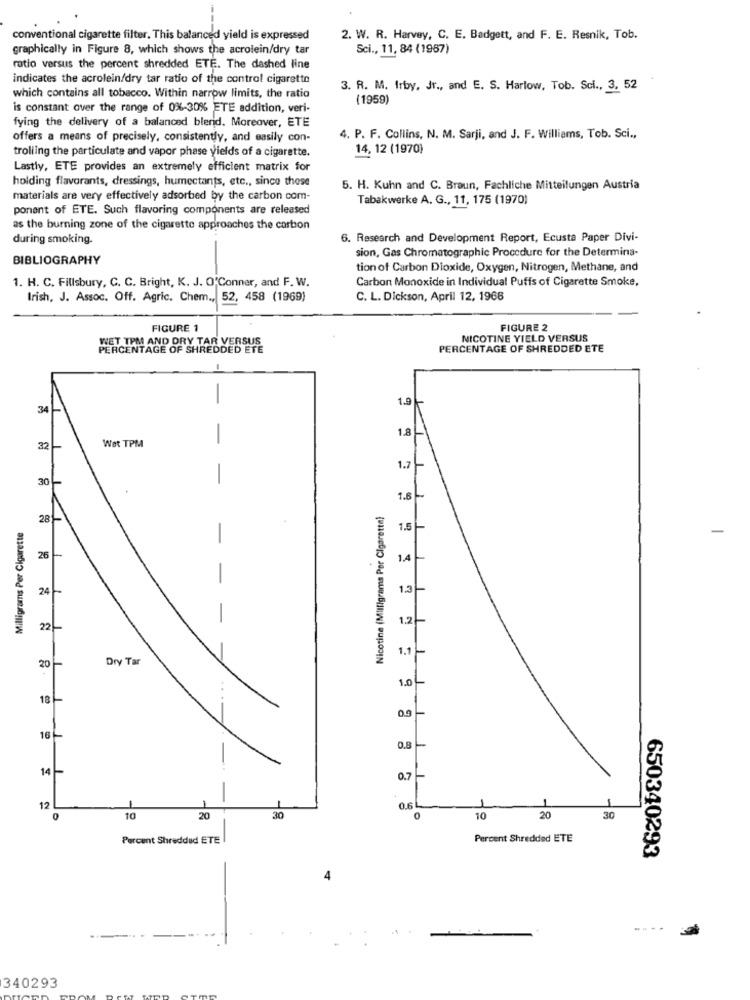
conventional cigarette filter. This balanced yield is expressed
2. W. R. Harvey, C. E. Badgett, and F. E. Resnik, Tob.
graphically in Figure 8, which shows the acrolein/dry tar
Sci ., 11, 84 (1967)
ratio versus the percent shredded ETE. The dashed line
indicates the acrolein/dry tar ratio of the control cigarette
3. R. M. Irby, Jr ., and E. S. Harlow, Tob. Sci ., 3, 52
which contains all tobacco. Within narrow limits, the ratio
(1959)
is constant over the range of 0%-30% ETE addition, veri-
fying the delivery of a balanced blend. Moreover, ETE
offers a means of precisely, consistently, and easily con-
4. P. F. Collins, N. M. Sarji, and J. F. Williams, Tob. Sci .,
14, 12 (1970)
trolling the particulate and vapor phase yields of a cigarette.
Lastly, ETE provides an extremely efficient matrix for
holding flavorants, dressings, humectants, etc ., since these
5. H. Kuhn and C. Braun, Fachliche Mitteilungen Austria
materials are very effectively adsorbed by the carbon com-
Tabakwerke A. G ., 11, 175 (1970)
ponent of ETE. Such flavoring components are released
as the burning zone of the cigarette approaches the carbon
during smoking.
6. Research and Development Report, Ecusta Paper Divi-
sion, Gas Chromatographie Procedure for the Determina-
BIBLIOGRAPHY
tion of Carbon Dioxide, Oxygen, Nitrogen, Methane, and
1. H. C. Fillsbury, C. C. Bright, K. J. O'Conner, and F. W.
Carbon Monoxide in Individual Puffs of Cigarette Smoke,
Irish, J. Assoc. Off. Agric. Chem ., 52, 458 (1969)
C. L. Dickson, April 12, 1966
FIGURE 1
FIGURE 2
WET TPM AND DRY TAR VERSUS
NICOTINE YIELD VERSUS
PERCENTAGE OF SHREDDED ETE
PERCENTAGE OF SHREDDED ETE
-
-
1.0
34
1.8L
Wat TPM
-
32-
1.7-
30
1.6 -
Nicotine (Milligrams Por Cigarette)
28
Milligrams Per Cigarette
1.5-
-
26
1.4-
24-
1.3
1.2
22
1.1
Dry Tar
20
1.0
18-
0.0-
16
0.8
-
14-
0.7
1
12
0.6L
0
10
20
30
10
20
30
Percent Shredded ETE
Percent Shredded ETE
650340293
4
340293